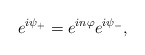
\begin{align*}e^{i \psi_{+}}=e^{i n \varphi}e^{i \psi_{-}},\end{align*}